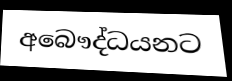
අබෞද්ධයනට